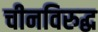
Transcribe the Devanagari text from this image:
चीनविरुद्ध